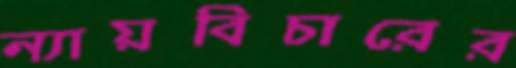
ন্যায়বিচারের